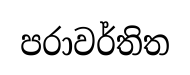
පරාවර්තිත